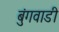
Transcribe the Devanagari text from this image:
बुंगवाडी